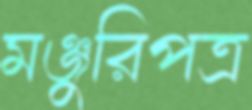
মঞ্জুরিপত্র